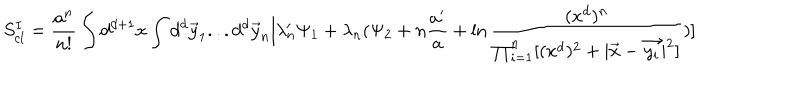
S _ { c l } ^ { I } = \frac { a ^ { n } } { n ! } \int d ^ { d + 1 } x \int d ^ { d } \vec { y } _ { 1 } . . . d ^ { d } \vec { y } _ { n } [ \lambda _ { n } ^ { \prime } \Psi _ { 1 } + \lambda _ { n } ( \Psi _ { 2 } + n \frac { a ^ { \prime } } { a } + \ln \frac { ( x ^ { d } ) ^ { n } } { \prod _ { i = 1 } ^ { n } [ ( x ^ { d } ) ^ { 2 } + | \vec { x } - \vec { y _ { i } } | ^ { 2 } ] } ) ]